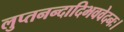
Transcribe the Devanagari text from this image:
लुप्तनन्दादिभववेदनः।